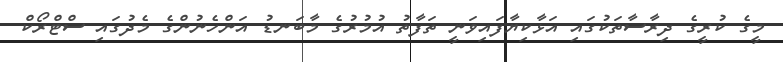
މީގެ ކުރީގެ ދިރާސާތަކުގައި އަޅާކިޔާފައިވަނީ ތަފާތު އުމުރުގެ މާބަނޑު އަންހެނުންގެ މެދުގައި ސްޓްރޯކް